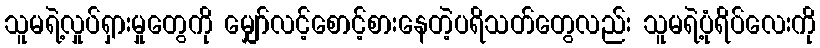
သူမရဲ့လှုပ်ရှားမှုတွေကို မျှော်လင့်စောင့်စားနေတဲ့ပရိသတ်တွေလည်း သူမရဲ့ပုံရိပ်လေးကို